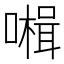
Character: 𡀞